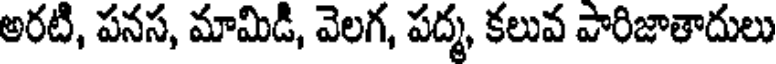
అరటి, పనస, మామిడి, వెలగ, పద్మ, కలువ పారిజాతాదులు